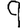
Digit: 9